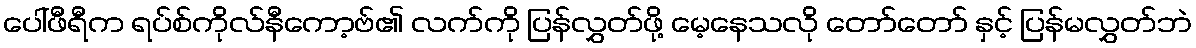
ပေါ်ဖီရီက ရပ်စ်ကိုလ်နီကော့ဗ်၏ လက်ကို ပြန်လွှတ်ဖို့ မေ့နေသလို တော်တော် နှင့် ပြန်မလွှတ်ဘဲ